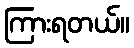
ကြားရတယ်။